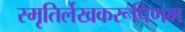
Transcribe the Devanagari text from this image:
स्मृतिर्लेखकरूपिणम